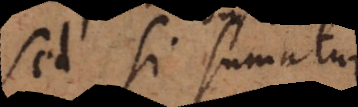
Sed si sumatur